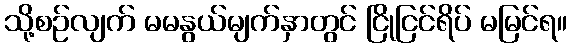
သို့စဉ်လျက် မမနွယ်မျက်နှာတွင် ငြိုငြင်ရိပ် မမြင်ရ။